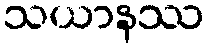
သယာနဿ